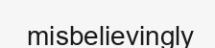
misbelievingly